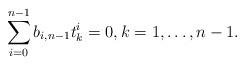
LaTeX: \begin{align*} \sum_{i=0}^{n-1}b_{i,n-1}t_k^i=0, k=1,\dots, n-1.\end{align*}